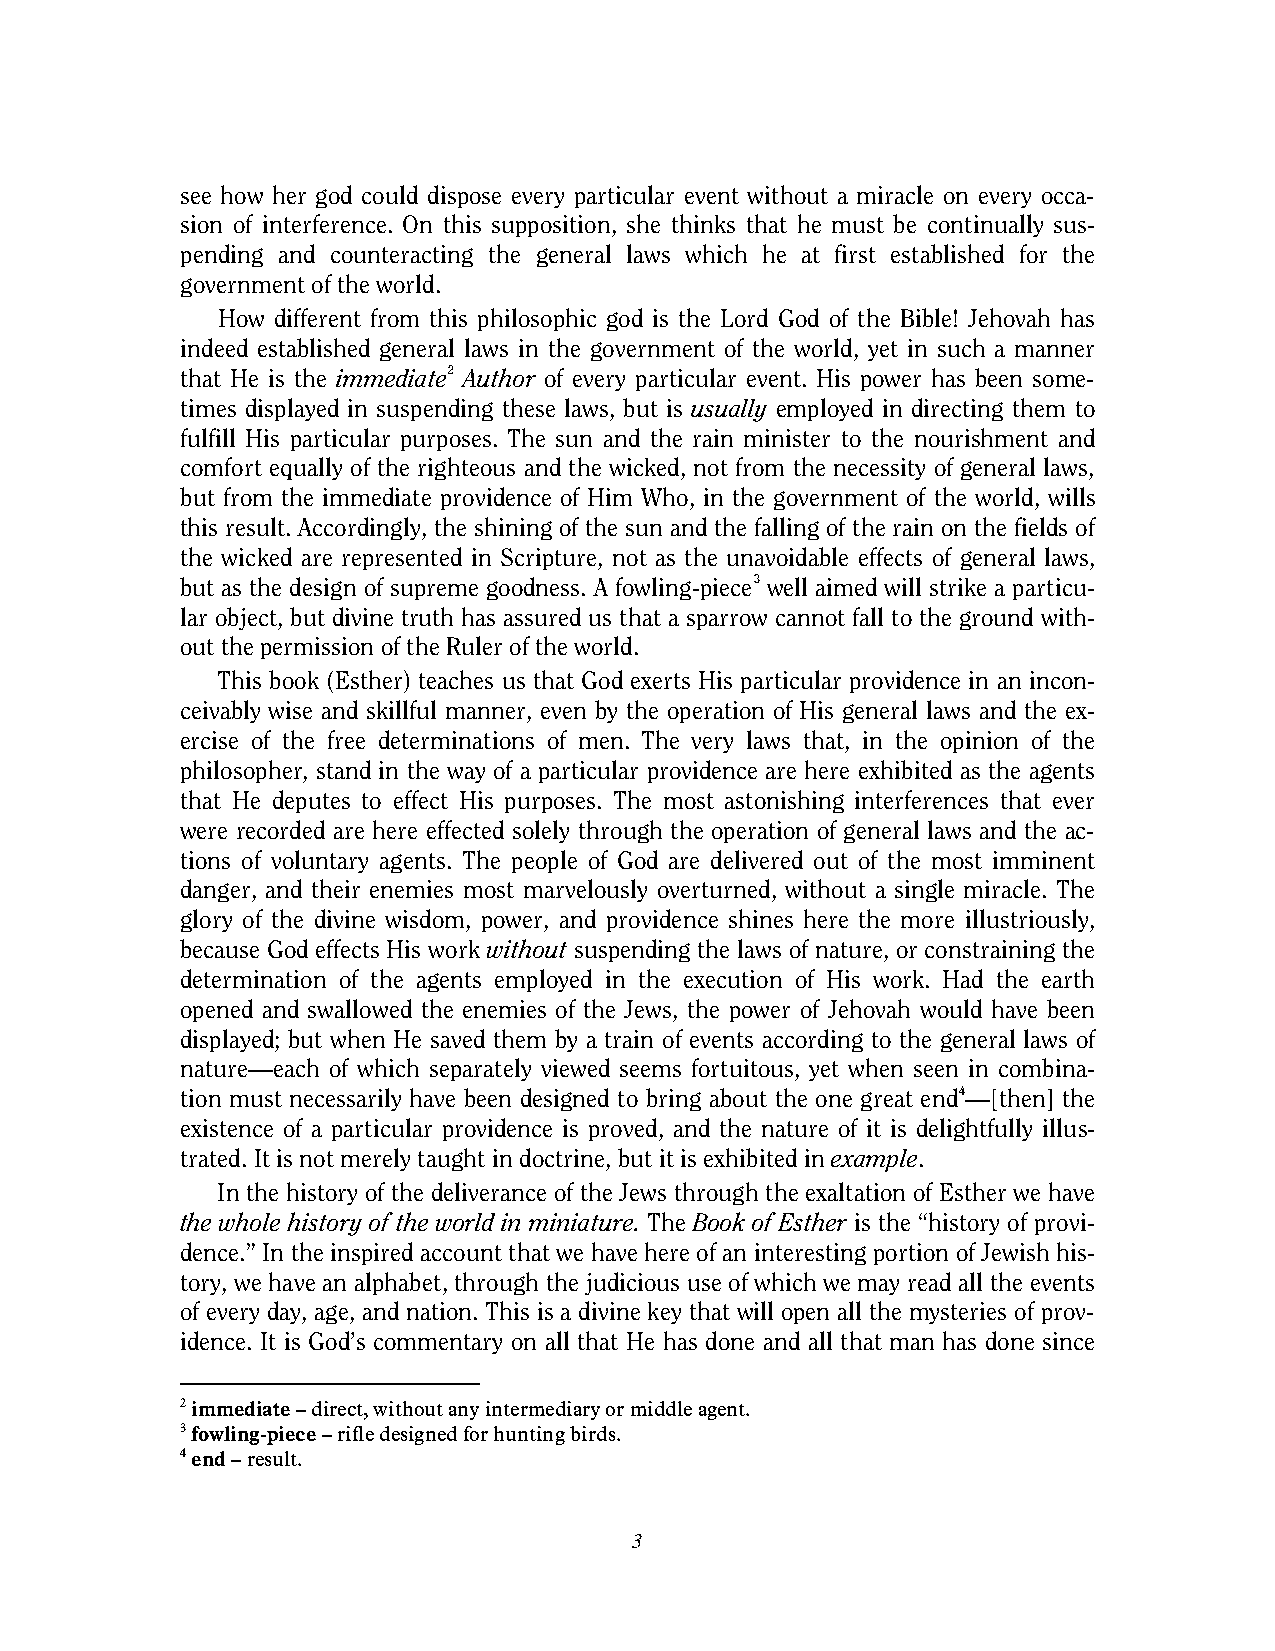
see how her god could dispose every particular event without a miracle on every occa-
 sion of interference. On this supposition, she thinks that he must be continually sus-
 pending and counteracting the general laws which he at first established for the
 government of the world.
 How different from this philosophic god is the Lord God of the Bible! Jehovah has
 indeed established general laws in the government of the world, yet in such a manner
 that He is the immediate2 Author of every particular event. His power has been some-
 times displayed in suspending these laws, but is usually employed in directing them to
 fulfill His particular purposes. The sun and the rain minister to the nourishment and
 comfort equally of the righteous and the wicked, not from the necessity of general laws,
 but from the immediate providence of Him Who, in the government of the world, wills
 this result. Accordingly, the shining of the sun and the falling of the rain on the fields of
 the wicked are represented in Scripture, not as the unavoidable effects of general laws,
 but as the design of supreme goodness. A fowling-piece3 well aimed will strike a particu-
 lar object, but divine truth has assured us that a sparrow cannot fall to the ground with-
 out the permission of the Ruler of the world.
 This book (Esther) teaches us that God exerts His particular providence in an incon-
 ceivably wise and skillful manner, even by the operation of His general laws and the ex-
 ercise of the free determinations of men. The very laws that, in the opinion of the
 philosopher, stand in the way of a particular providence are here exhibited as the agents
 that He deputes to effect His purposes. The most astonishing interferences that ever
 were recorded are here effected solely through the operation of general laws and the ac-
 tions of voluntary agents. The people of God are delivered out of the most imminent
 danger, and their enemies most marvelously overturned, without a single miracle. The
 glory of the divine wisdom, power, and providence shines here the more illustriously,
 because God effects His work without suspending the laws of nature, or constraining the
 determination of the agents employed in the execution of His work. Had the earth
 opened and swallowed the enemies of the Jews, the power of Jehovah would have been
 displayed; but when He saved them by a train of events according to the general laws of
 nature—each of which separately viewed seems fortuitous, yet when seen in combina-
 tion must necessarily have been designed to bring about the one great end4—[then] the
 existence of a particular providence is proved, and the nature of it is delightfully illus-
 trated. It is not merely taught in doctrine, but it is exhibited in example.
 In the history of the deliverance of the Jews through the exaltation of Esther we have
 the whole history of the world in miniature. The Book of Esther is the “history of provi-
 dence.” In the inspired account that we have here of an interesting portion of Jewish his-
 tory, we have an alphabet, through the judicious use of which we may read all the events
 of every day, age, and nation. This is a divine key that will open all the mysteries of prov-
 idence. It is God’s commentary on all that He has done and all that man has done since
 2 immediate – direct, without any intermediary or middle agent.
 3 fowling-piece – rifle designed for hunting birds.
 4 end – result.
 3